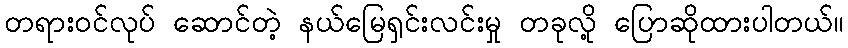
တရားဝင်လုပ် ဆောင်တဲ့ နယ်မြေရှင်းလင်းမှု တခုလို့ ပြောဆိုထားပါတယ်။